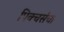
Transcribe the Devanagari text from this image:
पिक्चर्सचा